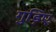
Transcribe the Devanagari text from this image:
गुड़िए